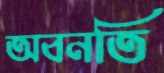
অবনতি